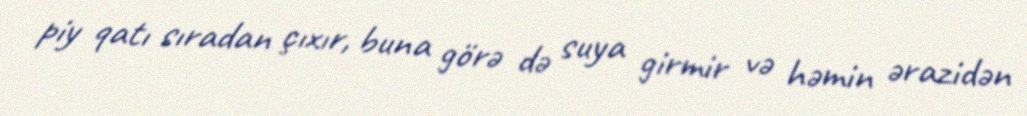
piy qatı sıradan çıxır, buna görə də suya girmir və həmin ərazidən